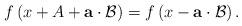
LaTeX: \begin{align*} f \left( x + A + \mathbf{a} \cdot \mathcal{B} \right) = f \left( x - \mathbf{a} \cdot \mathcal{B} \right). \end{align*}